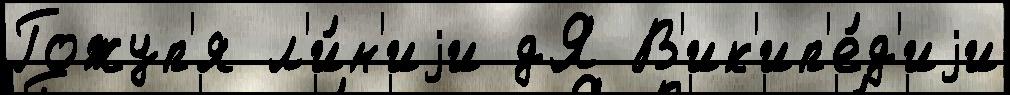
Гожуп'я л'и́н'иjи дЯ В'ик'ип'е́д'иjи